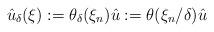
LaTeX: \begin{align*}\hat u_\delta (\xi) := \theta_\delta(\xi_n)\hat u := \theta(\xi_n/\delta)\hat{u}\end{align*}